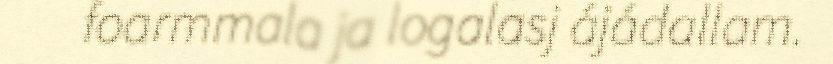
foarmmala ja logalasj ájádallam.